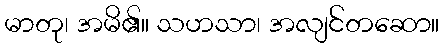
မာတု၊ အမိ၏။ သဟသာ၊ အလျင်တဆော။